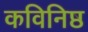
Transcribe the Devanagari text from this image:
कविनिष्ठ